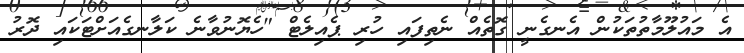
އެ މައުލޫމާތުތަކުން އެނގެނީ ގޮތެއް ނެތިފައި ހުރި ޕެއިލެޓް "ހެޔޮނުވާނެ ކަލާނގެއަށްޓަކައި ދޮރު